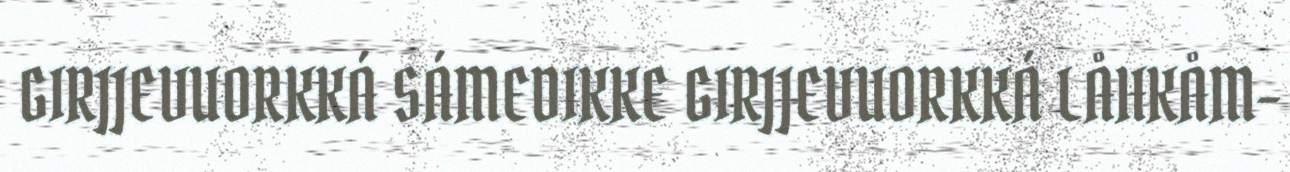
GIRJJEVUORKKÁ SÁMEDIKKE GIRJJEVUORKKÁ LÅHKÅM-